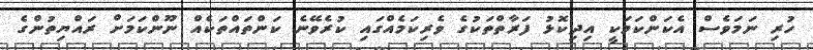
ހުރި ނަމަވެސް އެކަންކަމަކީ އިދިކޮޅު ފަރާތްތަކުގެ ވެރިކަމެއްގައި ކުރެވޭނެ ކަންތައްތަކެއް ނޫންކަމަށް ރައްޔިތުންގެ